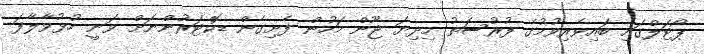
ޕޯޓަލްގައި ބައިވެރިވުމުގެ ފުރުސަތު މިދިޔަ ޖޫން މަހުން ފެށިގެން ޑޮކްޓަރުންނަށް ވަނީ ހުޅުވާލާފަ